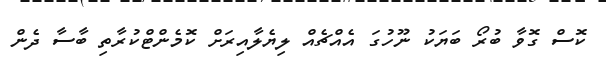
ކޮސް ގޮވާ ބުރޯ ބަޔަކު ނޫހުގަ އެއްޗެއް ލިޔެލާއިރަށް ކޮމެންޓްކުރާތި ބާސާ ދެން